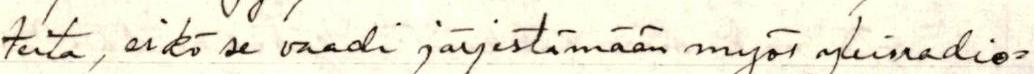
teita, eikö se vaadi järjestämään myös yleisradio-